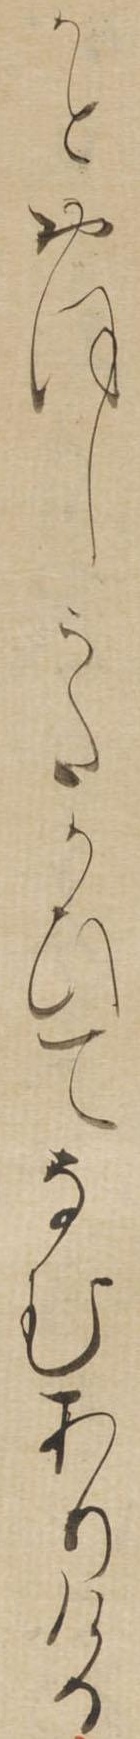
かとおほしうたかひてなむありける